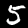
Label: 5